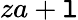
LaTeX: za+\mathtt{l}